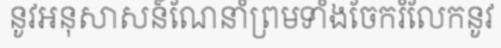
នូវអនុសាសន៍ណែនាំព្រមទាំងចែករំលែកនូវ